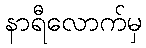
နာရီလောက်မှ